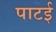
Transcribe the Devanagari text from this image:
पाटई